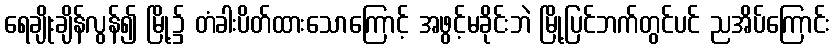
ရေချိုးချိန်လွန်၍ မြို့၌ တံခါးပိတ်ထားသောကြောင့် အဖွင့်မခိုင်းဘဲ မြို့ပြင်ဘက်တွင်ပင် ညအိပ်ကြောင်း